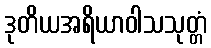
ဒုတိယအရိယာဝါသသုတ္တံ